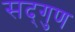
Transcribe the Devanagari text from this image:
सद्‌गुण